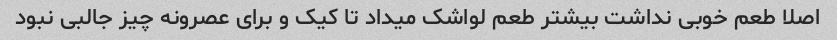
اصلا طعم خوبی نداشت بیشتر طعم لواشک میداد تا کیک و برای عصرونه چیز جالبی نبود